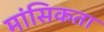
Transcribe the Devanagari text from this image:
मांसिकता